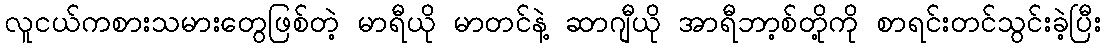
လူငယ်ကစားသမားတွေဖြစ်တဲ့ မာရီယို မာတင်နဲ့ ဆာဂျီယို အာရီဘာ့စ်တို့ကို စာရင်းတင်သွင်းခဲ့ပြီး